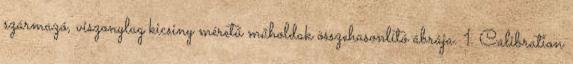
származó, viszonylag kicsiny méretű műholdak összehasonlító ábrája. 1. Calibration